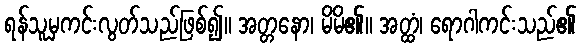
ရန်သူမှကင်းလွတ်သည်ဖြစ်၍။ အတ္တနော၊ မိမိ၏။ အတ္ထံ၊ ရောဂါကင်းသည်၏